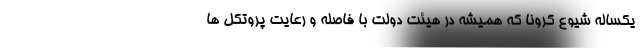
یکساله شیوع کرونا که همیشه در هیئت دولت با فاصله و رعایت پروتکل ها